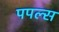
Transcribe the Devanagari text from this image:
पपल्स